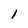
Character: 1